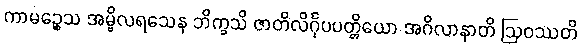
ကာမဉ္စေသ အမ္ဗိလရသေန ဘိက္ခသိ ဇာတိလိင်္ဂုပပတ္တိယော အဂိလာနာတိ ဩဝဿတိ